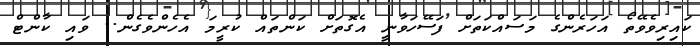
ކައިރިވެވޭތޯ އަހަރެންގެ މަސައްކަތަށް ފަސޭހަވާނީ އެގޮތަށް ކަންތައް ކުރީމަ އެހެންވެގެން.. ވައި ކާންޓް